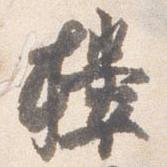
楼